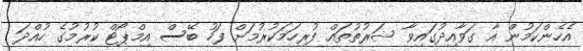
އެހެންކަމުން އާ ގަވާއިދުގައިވާ ޝަރުތުތައް ފުރިހަމަކުރުމަށް ފަހު ބޭސް އިމްޕޯޓް ކުރުމުގެ ހުއްދަ